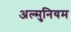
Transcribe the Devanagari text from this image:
अल्‍मुनियम